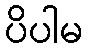
ပိပါမ